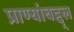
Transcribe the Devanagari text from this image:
प्राण्यांबद्द्ल